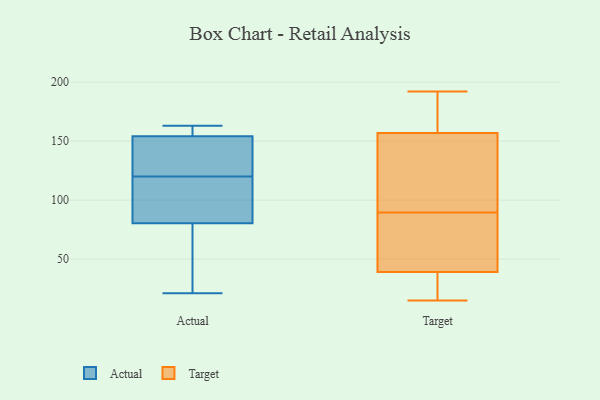
{"axis": {"x": "Humidity (%)", "y": "Value"}, "legend": ["Actual", "Target"], "data": [{"x": "", "y": 163, "type": "Actual"}, {"x": "", "y": 98, "type": "Actual"}, {"x": "", "y": 120, "type": "Actual"}, {"x": "", "y": 162, "type": "Actual"}, {"x": "", "y": 21, "type": "Actual"}, {"x": "", "y": 155, "type": "Actual"}, {"x": "", "y": 145, "type": "Actual"}, {"x": "", "y": 78, "type": "Actual"}, {"x": "", "y": 105, "type": "Actual"}, {"x": "", "y": 163, "type": "Actual"}, {"x": "", "y": 88, "type": "Actual"}, {"x": "", "y": 68, "type": "Actual"}, {"x": "", "y": 152, "type": "Actual"}, {"x": "", "y": 131, "type": "Actual"}, {"x": "", "y": 62, "type": "Actual"}, {"x": "", "y": 157, "type": "Target"}, {"x": "", "y": 15, "type": "Target"}, {"x": "", "y": 112, "type": "Target"}, {"x": "", "y": 49, "type": "Target"}, {"x": "", "y": 25, "type": "Target"}, {"x": "", "y": 21, "type": "Target"}, {"x": "", "y": 179, "type": "Target"}, {"x": "", "y": 192, "type": "Target"}, {"x": "", "y": 79, "type": "Target"}, {"x": "", "y": 39, "type": "Target"}, {"x": "", "y": 167, "type": "Target"}, {"x": "", "y": 82, "type": "Target"}, {"x": "", "y": 144, "type": "Target"}, {"x": "", "y": 82, "type": "Target"}, {"x": "", "y": 38, "type": "Target"}, {"x": "", "y": 139, "type": "Target"}, {"x": "", "y": 187, "type": "Target"}, {"x": "", "y": 97, "type": "Target"}]}